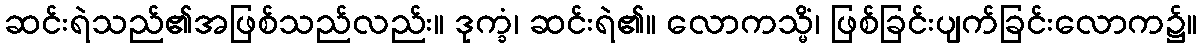
ဆင်းရဲသည်၏အဖြစ်သည်လည်း။ ဒုက္ခံ၊ ဆင်းရဲ၏။ လောကသ္မိံ၊ ဖြစ်ခြင်းပျက်ခြင်းလောက၌။